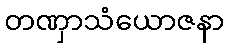
တဏှာသံယောဇနာ